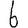
Digit: 6